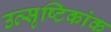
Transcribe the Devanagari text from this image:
उत्सृष्टिकांक